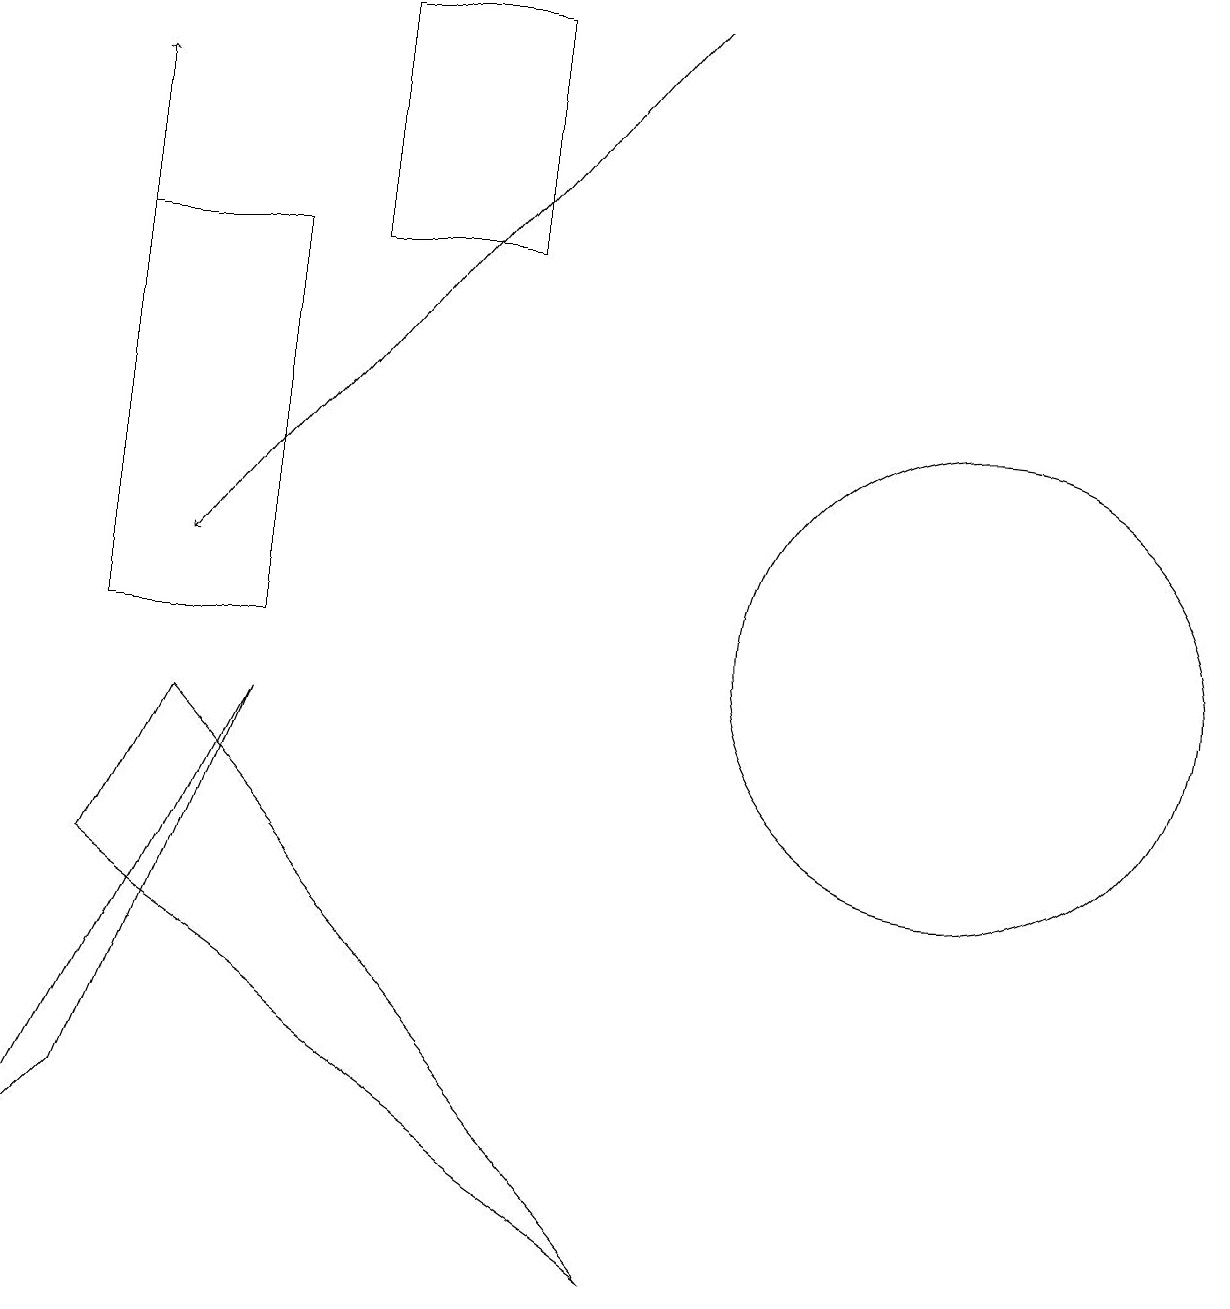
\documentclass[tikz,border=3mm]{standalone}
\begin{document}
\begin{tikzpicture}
\draw (12,10) circle (3);
\draw (2,9) -- (8,2) -- (1,7) -- cycle;
\draw (3,9) -- (1,4) -- (0,3) -- cycle;
\draw[->] (8,18) -- (2,11);
\draw (1,15) rectangle (3,10);
\draw[->] (1,14) -- (1,17);
\draw (4,18) rectangle (6,15);
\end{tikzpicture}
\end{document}